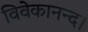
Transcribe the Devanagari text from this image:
विवेकानन्द।